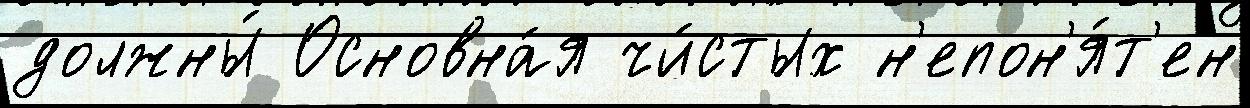
должны́ Основна́я чи́стых н'епон'я́т'ен